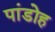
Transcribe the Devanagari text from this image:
पांडोह